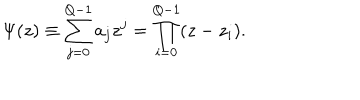
\Psi ( z ) \equiv \sum _ { j = 0 } ^ { Q - 1 } a _ { j } z ^ { j } = \prod _ { i = 0 } ^ { Q - 1 } ( z - z _ { i } ) .